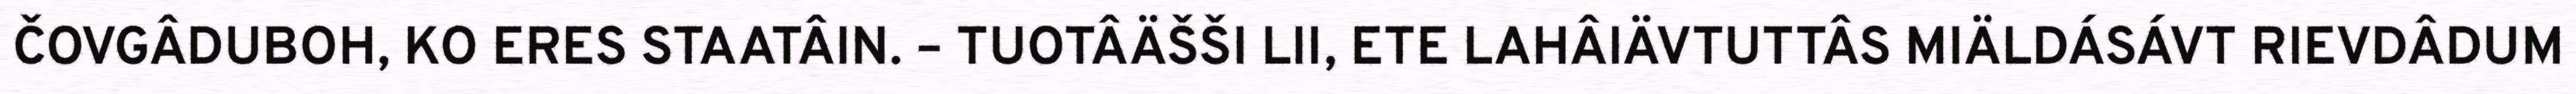
ČOVGÂDUBOH, KO ERES STAATÂIN. – TUOTÂÄŠŠI LII, ETE LAHÂIÄVTUTTÂS MIÄLDÁSÁVT RIEVDÂDUM